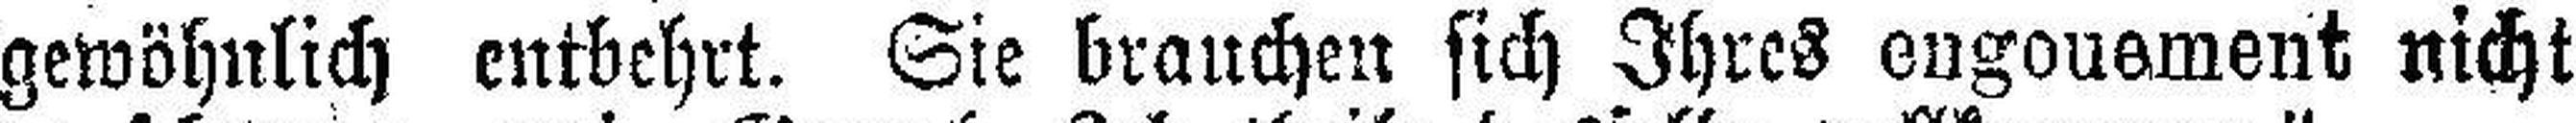
gewöhnlich entbehrt. Sie brauchen sich Ihres engouement nicht